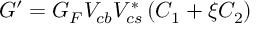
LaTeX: G ^ { \prime } = { G _ { F } } V _ { c b } V _ { c s } ^ { * } \left( C _ { 1 } + \xi C _ { 2 } \right)